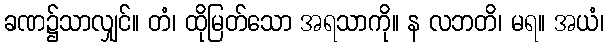
ခဏ၌သာလျှင်။ တံ၊ ထိုမြတ်သော အရသာကို။ န လဘတိ၊ မရ။ အယံ၊